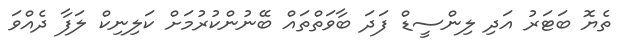
ތެޔޮ ބަޓަރު އަދި ލިންސީޑް ފަދަ ބާވަތްތައް ބޭނުންކުރުމަށް ކަލިނިކް ލަފާ ދެއްވަ